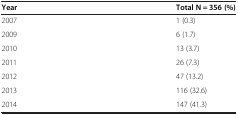
| Year | Total N = 356 (%) |
 | --- | --- |
 | 2007 | 1 (0.3) |
 | 2009 | 6 (1.7) |
 | 2010 | 13 (3.7) |
 | 2011 | 26 (7.3) |
 | 2012 | 47 (13.2) |
 | 2013 | 116 (32.6) |
 | 2014 | 147 (41.3) |